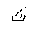
Letter: _tha